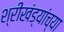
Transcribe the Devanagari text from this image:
श्रीखंड्यांच्या